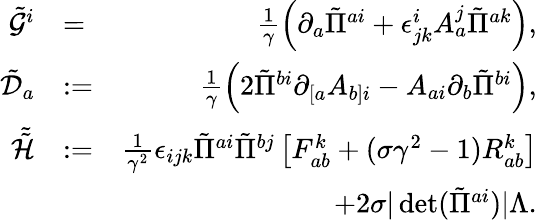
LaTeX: \begin{array}{rlr}{\tilde{\mathcal{G}}^{i}}&{=}&{\frac{1}{\gamma}\left(\partial_{a}\tilde{\Pi}^{ai}+\epsilon^{i}_{jk}A_{a}^{j}\tilde{\Pi}^{ak}\right),}\\ {\tilde{\mathcal{D}}_{a}}&{:=}&{\frac{1}{\gamma}\left(2\tilde{\Pi}^{bi}\partial_{[a}A_{b]i}-A_{ai}\partial_{b}\tilde{\Pi}^{bi}\right),}\\ {\tilde{\tilde{\mathcal{H}}}}&{:=}&{\frac{1}{\gamma^{2}}\epsilon_{ijk}\tilde{\Pi}^{ai}\tilde{\Pi}^{bj}\left[F_{ab}^{k}+(\sigma\gamma^{2}-1)R_{ab}^{k}\right]}\\ &{}&{+2\sigma|\operatorname*{det}(\tilde{\Pi}^{ai})|\Lambda.}\end{array}